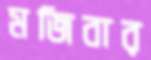
মজিবার